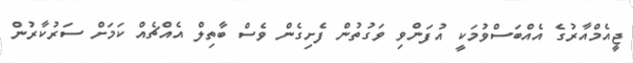
ޖީއެމްއާރުގެ އެއްބަސްވުމަކީ އުފަންވި ވަގުތުން ފެށިގެން ވެސް ބާތިލް އެއްޗެއް ކަމަށް ސަރުކާރުން